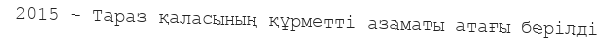
2015 - Тараз қаласының құрметті азаматы атағы берілді